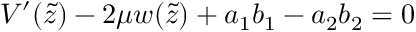
V ^ { \prime } ( \tilde { z } ) - 2 \mu w ( \tilde { z } ) + a _ { 1 } b _ { 1 } - a _ { 2 } b _ { 2 } = 0